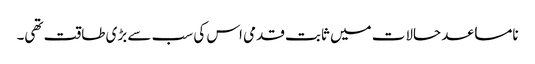
نامساعد حالات میں ثابت قدمی اس کی سب سے بڑی طاقت تھی۔